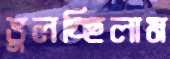
ভুলচ্ছিলাম